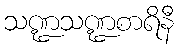
သဏ္ဍသဏ္ဍစာရိနီ